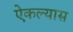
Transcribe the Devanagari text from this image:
ऐकल्यास